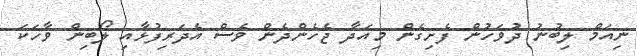
ނިއަމް ލިބުނު ދުވަހުން ފެށިގެން މިއަދާ ޖެހެންދެން ވެސް އެދަރިފުޅާއި ލޯބިން ވާހަކަ